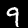
Digit: 9